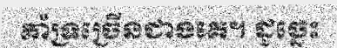
គាំទ្រច្រើនជាងគេ។ ដូច្នេះ